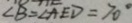
\angle B = \angle A E D = 7 0 ^ { \circ }